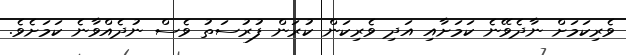
ވެރިކަމަށް ނާދެވޭނެ ކަމަށާއި އަދި ވެރިކަން ކުރަން ފުރުސަތު ވެސް ނުދެއްވާނެ ކަމަށެވެ.